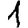
Digit: 1